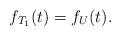
LaTeX: \begin{align*}f_{T_1}(t)=f_{U}(t).\end{align*}